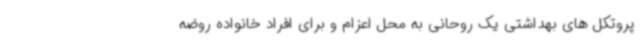
پروتکل های بهداشتی یک روحانی به محل اعزام و برای افراد خانواده روضه